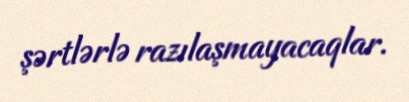
şərtlərlə razılaşmayacaqlar.